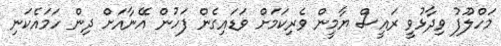
މަހްލޫފު ވިދާޅުވީ ރައީސް ޔާމީން ވެރިކަމަށް ވަޑައިގެން ފަހުން އޭނާއަށް ދިން ހަމައެކަނި